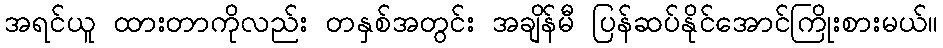
အရင်ယူ ထားတာကိုလည်း တနှစ်အတွင်း အချိန်မီ ပြန်ဆပ်နိုင်အောင်ကြိုးစားမယ်။